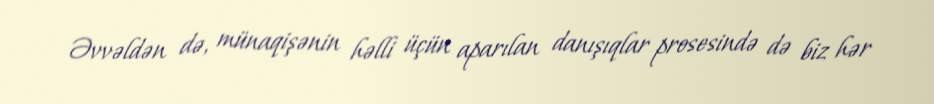
Əvvəldən də, münaqişənin həlli üçün aparılan danışıqlar prosesində də biz hər